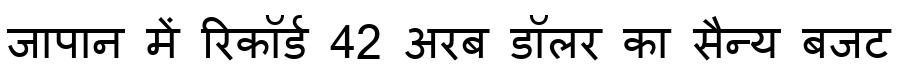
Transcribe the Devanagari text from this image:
जापान में रिकॉर्ड 42 अरब डॉलर का सैन्य बजट